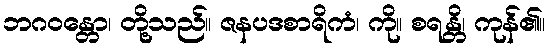
ဘဂဝန္တော၊ တို့သည်။ ဇနပဒစာရိကံ၊ ကို။ စရန္တိ၊ ကုန်၏။